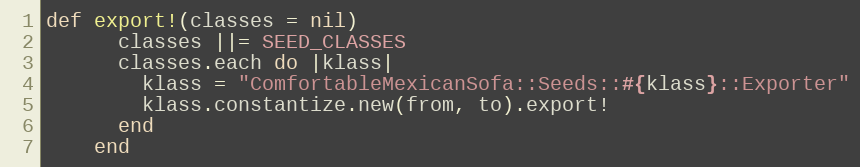
Language: Ruby
def export!(classes = nil)
      classes ||= SEED_CLASSES
      classes.each do |klass|
        klass = "ComfortableMexicanSofa::Seeds::#{klass}::Exporter"
        klass.constantize.new(from, to).export!
      end
    end